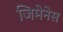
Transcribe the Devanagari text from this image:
जिमेनेस